Leaving Certificate Examination, 1923
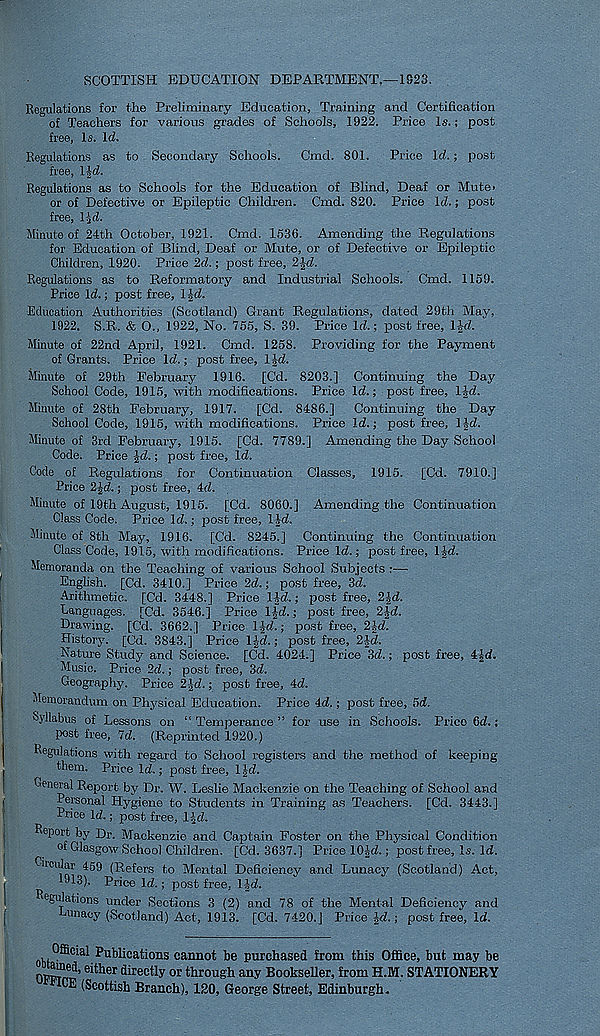
SCOTTISH EDUCATION DEPARTMENT,—1923.
Regulations for the Preliminary Education, Training and Certification
of Teachers for various grades of Schools, 1922. Price Is.; post
free, Is. Id.
Regulations as to Secondary Schools. Cmd. 801. Price Id.; post
free, l|d.
Regulations as to Schools for the Education of Blind, Deaf or Mute>
or of Defective or Epileptic Children. Cmd. 820. Price Id.; post
free, T^d.
Minute of 24th October, 1921. Cmd. 1536. Amending the Regulations
for Education of Blind, Deaf or Mute, or of Defective or Epileptic
Children, 1920. Price 2d.; post free, 2Jd.
Regulations as to Reformatory and Industrial Schools. Cmd. 1159.
Price Id.; post free, l|d.
Education Authorities (Scotland) Grant Regulations, dated 29th May,
1922. S.R. & O., 1922, No. 755, S. 39. Price Id.; post free, IJd.
Minute of 22nd April, 1921. Cmd. 1258. Providing for the Payment
of Grants. Price Id.; post free, IJd.
Minute of 29th February 1916. [Cd. 8203.] Continuing the Day
School Code, 1915, with modifications. Price Id.; post free, IJd.
Minute of 28th February, 1917. [Cd. 8486.] Continuing the Day
School Code, 1915, with modifications. Price Id.; post free, IJd.
Minute of 3rd February, 1915. [Cd. 7789.] Amending the Day School
Code. Price Jd.; post free, Id.
Code of Regulations for Continuation Classes, 1915. [Cd. 7910.]
Price 2Jd.; post free, 4d.
Minute of 19th August, 1915. [Cd. 8060.] Amending the Continuation
Class Code. Price Id.; post free, ll-d.
Minute of 8th May, 1916. [Cd. 8245.] Continuing the Continuation
Class Code, 1915, with modifications. Price Id.; post free, IJd.
Memoranda on the Teaching of various School Subjects :—-
English. [Cd. 3410.] Price 2d.; post free, 3d.
Arithmetic. [Cd. 3448.] Price lid.; post free, 2|d.
Eanguages. [Cd. 3546.] Price IJd.; post free, 2|-d.
Drawing. [Cd. 3662.] Price l-^d.; post free, 2id.
History. [Cd. 3843.] Price IJd.; post free, 2id.
Nature Study and Science. [Cd. 4024.] Price 3d.; post free, 4|d.
Music. Price 2d.; post free, 3d.
Geography. Price 2-Jd.; post free, 4d.
Memorandum on Physical Education. Price 4d.; post free, 5d.
Syllabus of Lessons on “Temperance” for use in Schools. Price 6d.;
post free, 7d. (Reprinted 1920.)
Regulations with regard to School registers and the method, of keeping
them. Price Id.; post free, 1 \d.
General Report by Dr. W. Leslie Mackenzie on the Teaching of School and
Personal Hygiene to Students in Training as Teachers. [Cd. 3443.]
Price Id.; post free, lid.
Report by Dr. Mackenzie and. Captain Foster on the Physical Condition
of Glasgow'School Childi-en. [Cd. 3637.] Pl’ice 10|d.; post free. Is. Id.
Ghcular 459 (Refers to Mental Deficiency and Lunacy (Scotland) Act,
1913). Price Id.; post free, I Jd.
Regulations under Sections 3 (2) and 78 of the Mental Deficiency and
unacy (Scotland) Act, 1913. [Cd. 7420.] Price £d.; post free, Id.
Official Publications cannot be purchased from this Office, but may be
OPPm 3,eitherdirectIy or through any Booksefier, fromH.M. STATIONERY
0E (Scottish Branch), 120, George Street, Edinburgh.